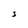
Character: S